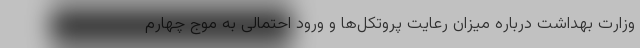
وزارت بهداشت درباره میزان رعایت پروتکل‌ها و ورود احتمالی به موج چهارم